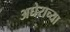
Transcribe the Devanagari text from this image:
अघेराच्या